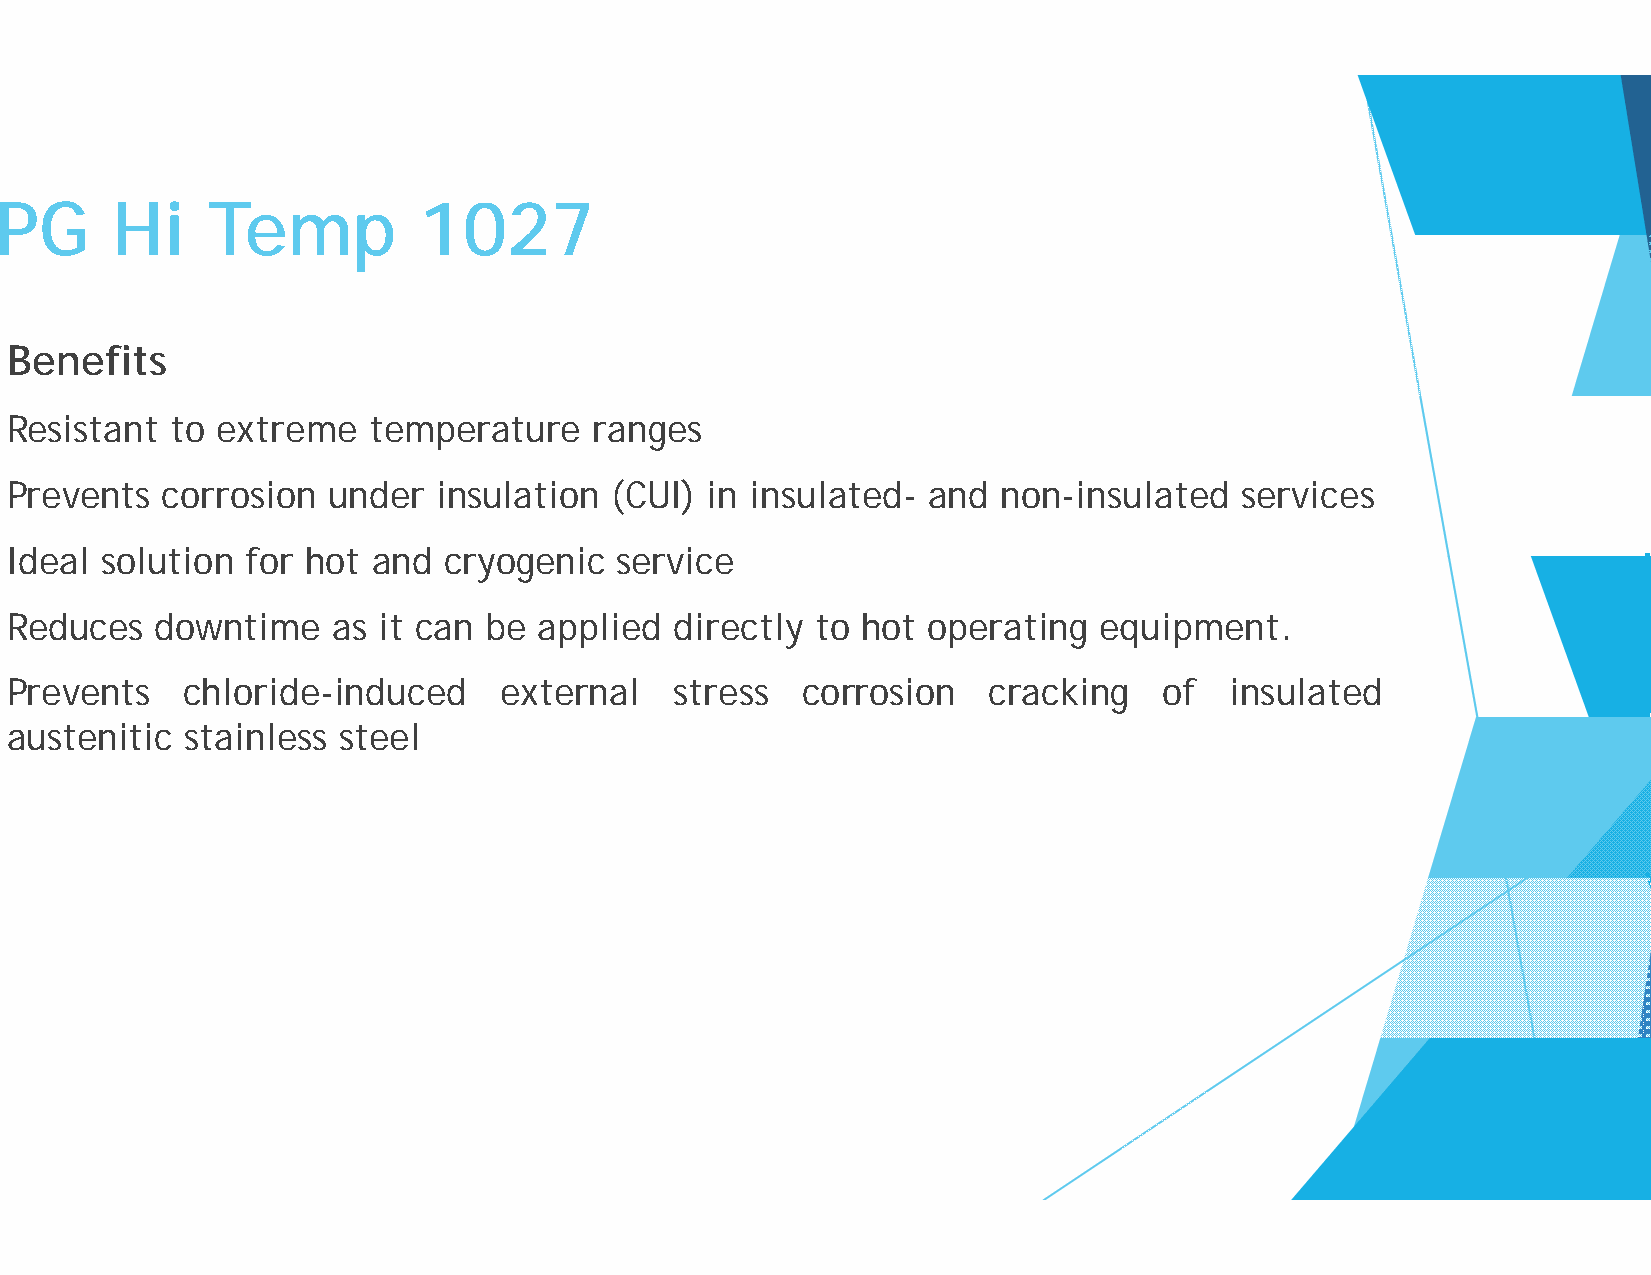
PPGG   HHii   TTeemmpp      11002277
 Benefits
 Resistant  to extreme   temperature    ranges
 Prevents   corrosion  under  insulation (CUI)  in insullated- and non-insulated   services
 IIddeeaall ssoolluuttiioonn ffoorr hhoott aanndd ccrryyooggeenniicc sseerrvviiccee
 Reduces   downtime    as it can be  applied  directly tto hot operating  equipment.
 Prevents    chloride-induced     external    stress  coorrosion  cracking    of  insulated
 austenitic  stainless steel